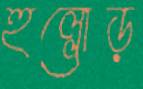
হুল্লোড়